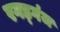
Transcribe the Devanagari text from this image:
रगड्गंज